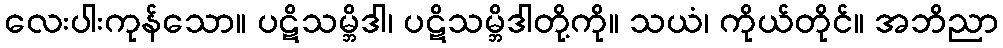
လေးပါးကုန်သော။ ပဋိသမ္ဘိဒါ၊ ပဋိသမ္ဘိဒါတို့ကို။ သယံ၊ ကိုယ်တိုင်။ အဘိညာ